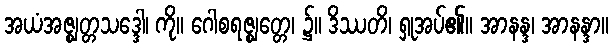
အယံအဇ္ဈတ္တသဒ္ဒေါ၊ ကို။ ဂေါစရဇ္ဈတ္တေ၊ ၌။ ဒိဿတိ၊ ရှုအပ်၏။ အာနန္ဒ၊ အာနန္ဒာ။